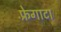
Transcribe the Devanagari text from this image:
फ़्रेगाटा